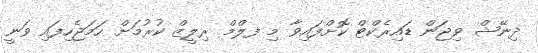
ދިނޭޝް ވިޖަން ޑައިރެކްޓް ކޮށްފައިވާ މި ފލްމް ރިލީޒް ކުރުމަށް ހަމަޖެހިފައި ވަނީ